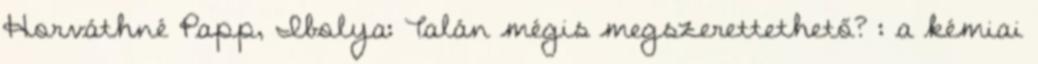
Horváthné Papp, Ibolya: Talán mégis megszerettethető? : a kémiai